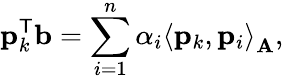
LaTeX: \mathbf{p}_{k}^{\mathsf{T}}\mathbf{b}=\sum_{i=1}^{n}\alpha_{i}\left\langle\mathbf{p}_{k},\mathbf{p}_{i}\right\rangle_{\mathbf{A}},